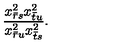
\displaystyle { \frac { x _ { \bar { r } s } ^ { 2 } x _ { \bar { t } u } ^ { 2 } } { x _ { \bar { r } u } ^ { 2 } x _ { \bar { t } s } ^ { 2 } } } .